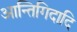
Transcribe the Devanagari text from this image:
आन्तिगिदादि